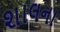
શાલના